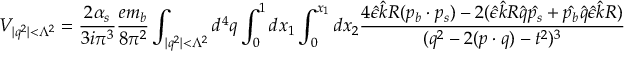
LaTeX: V _ { | q ^ { 2 } | < \Lambda ^ { 2 } } = \frac { 2 \alpha _ { s } } { 3 i \pi ^ { 3 } } \frac { e m _ { b } } { 8 \pi ^ { 2 } } \int _ { | q ^ { 2 } | < \Lambda ^ { 2 } } d ^ { 4 } q \int _ { 0 } ^ { 1 } d x _ { 1 } \int _ { 0 } ^ { x _ { 1 } } d x _ { 2 } \frac { 4 \hat { \epsilon } \hat { k } R ( p _ { b } \cdot p _ { s } ) - 2 ( \hat { \epsilon } \hat { k } R \hat { q } \hat { p _ { s } } + \hat { p _ { b } } \hat { q } \hat { \epsilon } \hat { k } R ) } { ( q ^ { 2 } - 2 ( p \cdot q ) - t ^ { 2 } ) ^ { 3 } }